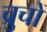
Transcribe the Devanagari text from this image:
च्रुचों